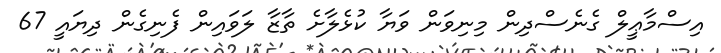
އިސްމާޢީލް ގެނެސްދިން މިނިވަން ވަޔާ ކުޅެލާށެ ތާޒާ ލަވައިން ފެނިގެން ދިޔައީ 67